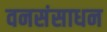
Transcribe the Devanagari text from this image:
वनसंसाधन